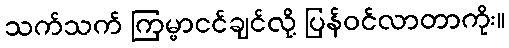
သက်သက် ကြမ္မာငင်ချင်လို့ ပြန်ဝင်လာတာကိုး။